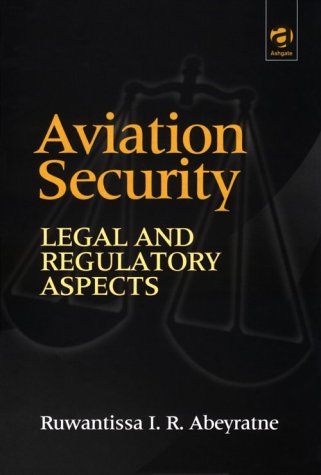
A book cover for Aviation Security: Legal and Regulatory Aspects; Ruwantissa I. R. Abeyratne; Business & Money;